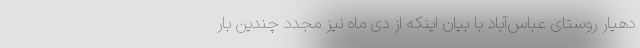
دهیار روستای عباس‌آباد با بیان اینکه از دی ماه نیز مجدد چندین بار